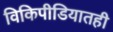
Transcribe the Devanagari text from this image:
विकिपीडियातही